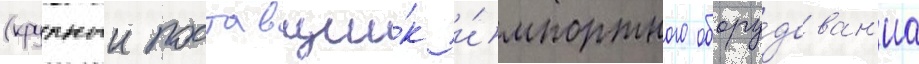
(крупныи поставщи́к и́мпортного обору́дован'иа